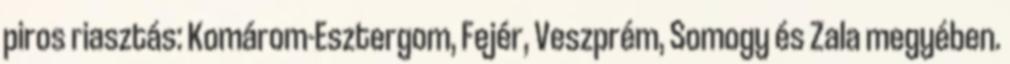
piros riasztás: Komárom-Esztergom, Fejér, Veszprém, Somogy és Zala megyében.